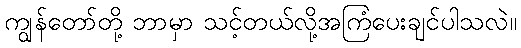
ကျွန်တော်တို့ ဘာမှာ သင့်တယ်လို့အကြံပေးချင်ပါသလဲ။